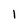
Character: 1